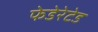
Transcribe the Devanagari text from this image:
फेडेरेटेड